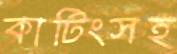
কাটিংসহ